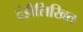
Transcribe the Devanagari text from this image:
दंडीलिखित